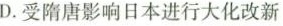
D.受隋唐影响日本进行大化改新